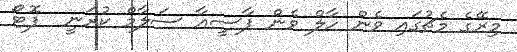
މިރޭގެ މެޗުގައި ވެން ހާލް ވެން ޕާސީއާ ސަލާމް ކުރަނީ  ފޮޓޯ